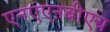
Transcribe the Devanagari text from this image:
एनएएऩबीएच